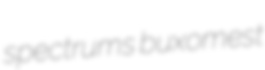
spectrums buxomest